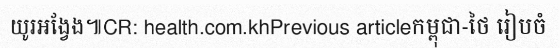
យូរអង្វែង៕CR: health.com.khPrevious articleកម្ពុជា-ថៃ រៀបចំ